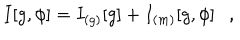
LaTeX: I [ g , \phi ] = I _ { ( g ) } [ g ] + I _ { ( m ) } [ g , \phi ] ,